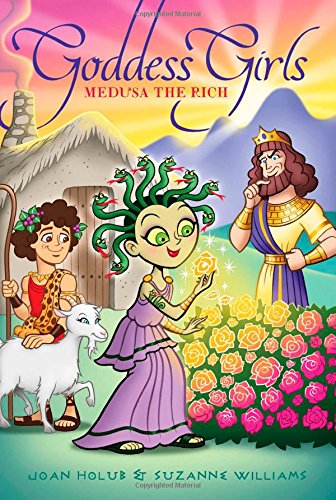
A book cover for Medusa the Rich (Goddess Girls); Joan Holub; Children's Books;